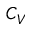
C _ { V }